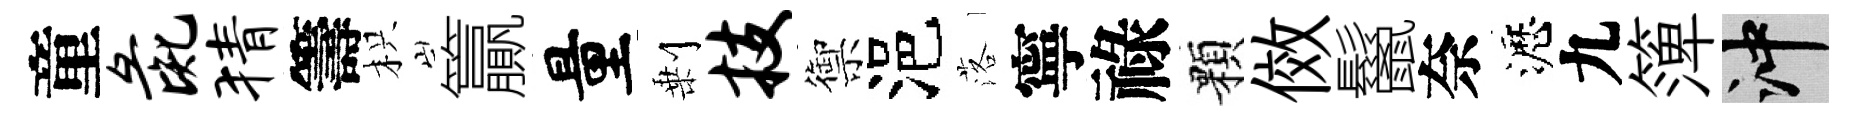
童彘猜籌枳籯量剰技禦浥落寧祿顆傚鬣奈瀝九𥱼冲